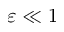
\varepsilon \ll 1